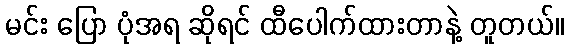
မင်း ပြော ပုံအရ ဆိုရင် ထီပေါက်ထားတာနဲ့ တူတယ်။